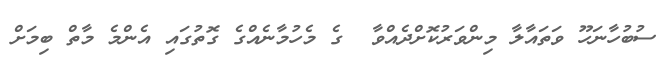
ސުބުހާނަހޫ ވަތައާލާ މިންވަރުކޮށްދެއްވާ  ގެ މެހުމާނެއްގެ ގޮތުގައި އެންމެ މާތް ބިމަށް